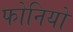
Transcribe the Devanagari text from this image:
फोनियो